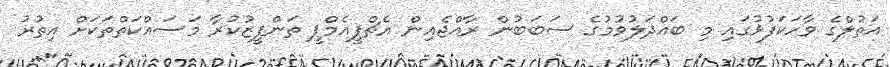
އަތުލްގެ ވާހަކަފުޅުގައި މި ބައްދަލުވުމުގެ ސަބަބުން ރާއްޖެއިން އެޗްޕީއެމްޕީ ތަންފީޒުކުރާ މަސައްކަތްތަކަށް އިތުރު